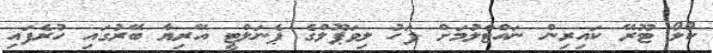
ކޯލޯ ޓޫރޭ ކައިރިން ނައްޓާލުމަށް ފަހު ލިވަޕޫލްގެ ޕެނަލްޓީ އޭރިޔާ ބޭރުގައި ހުރެފައި